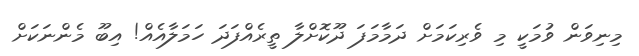
މިނިވަން ވުމަކީ މި ވެރިކަމަށް ދަމާމަފަ ދޫކޮށްލާ ތީރެއްފަދަ ހަމަލާއެއް! އިބޫ މެންނަކަށް